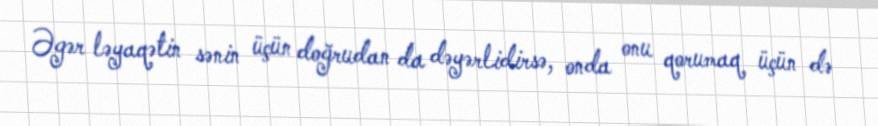
Əgər ləyaqətin sənin üçün doğrudan da dəyərlidirsə, onda onu qorumaq üçün də